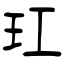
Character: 玒